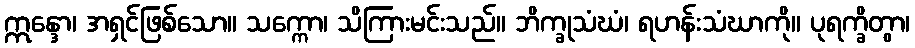
ဣန္ဒော၊ အရှင်ဖြစ်သော။ သက္ကော၊ သိကြားမင်းသည်။ ဘိက္ခုသံဃံ၊ ရဟန်းသံဃာကို။ ပုရက္ခိတွာ၊